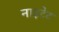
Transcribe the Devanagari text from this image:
नाइटेट